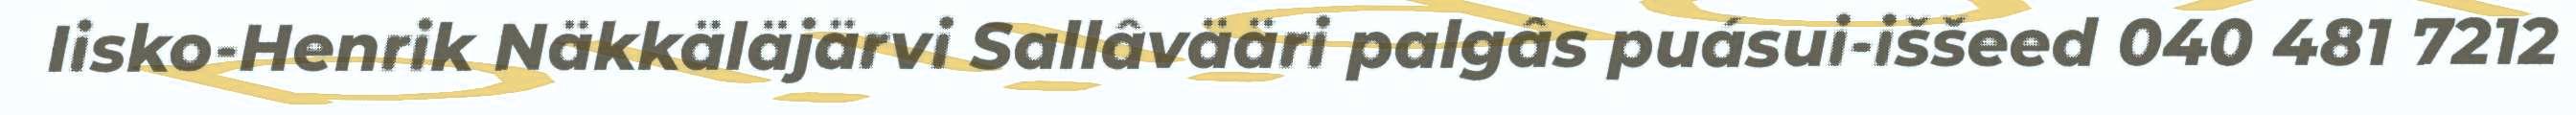
Iisko-Henrik Näkkäläjärvi Sallâvääri palgâs puásui-iššeed 040 481 7212